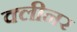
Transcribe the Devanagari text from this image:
क्‍लीनर